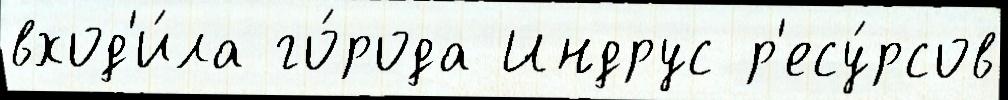
вход'и́ла го́рода Индрус р'есу́рсов